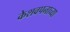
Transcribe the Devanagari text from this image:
केशवपनाच्या